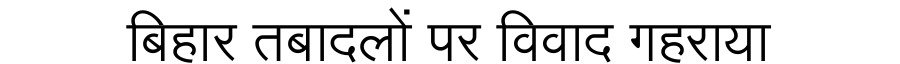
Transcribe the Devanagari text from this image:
बिहार तबादलों पर विवाद गहराया